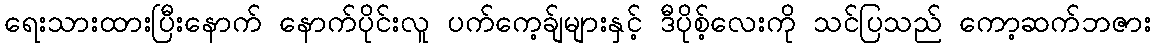
ရေးသားထားပြီးနောက် နောက်ပိုင်းလူ ပက်ကေ့ခ်ျများနှင့် ဒီပိုစ့်လေးကို သင်ပြသည် ကော့ဆက်ဘဇား